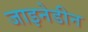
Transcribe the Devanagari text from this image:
जाइनेडीन